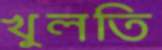
খুলতি